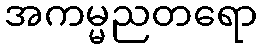
အကမ္မညတရော